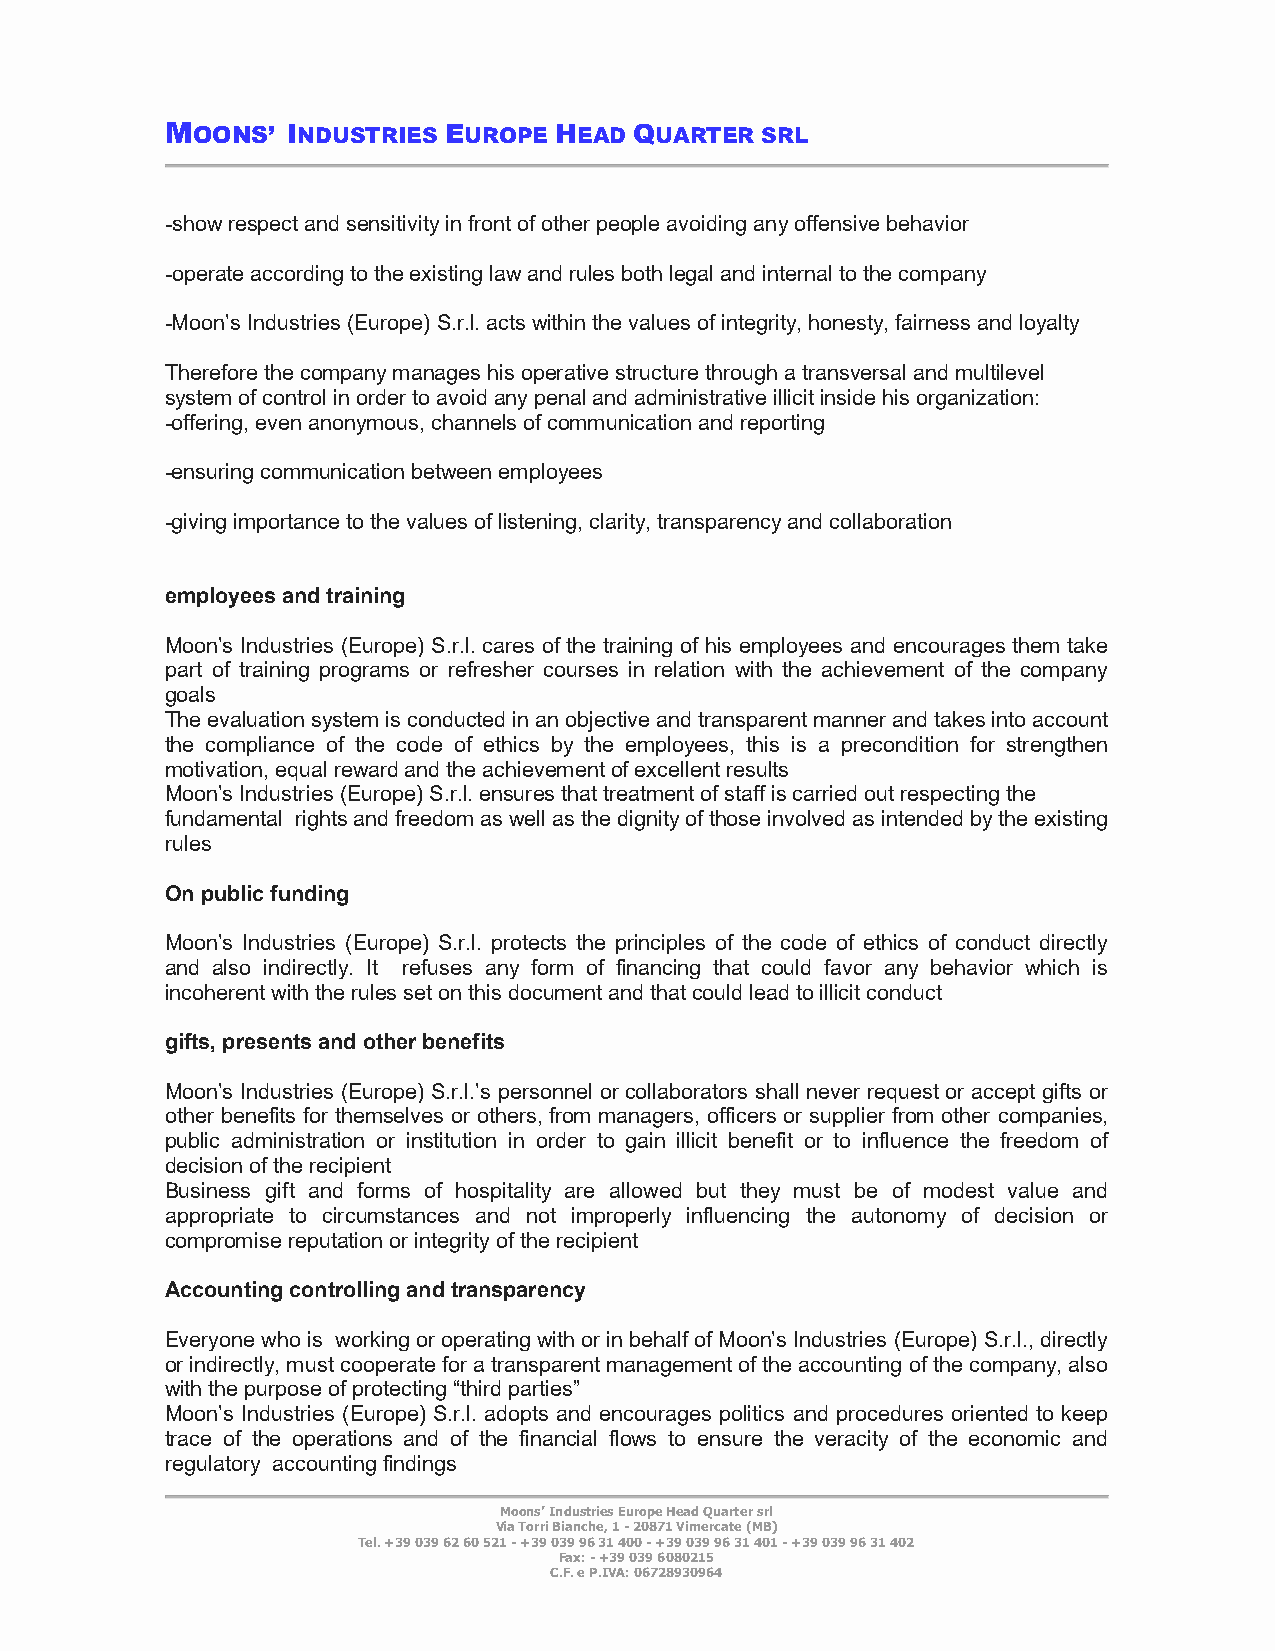
MOONS’  INDUSTRIES EUROPE HEAD QUARTER SRL
 -show respect and sensitivity in front of other people avoiding any offensive behavior
 -operate according to the existing law and rules both legal and internal to the company
 -Moon’s Industries (Europe) S.r.l. acts within the values of integrity, honesty, fairness and loyalty
 Therefore the company manages his operative structure through a transversal and multilevel
 system of control in order to avoid any penal and administrative illicit inside his organization:
 -offering, even anonymous, channels of communication and reporting
 -ensuring communication between employees
 -giving importance to the values of listening, clarity, transparency and collaboration
 employees and training
 Moon’s Industries (Europe) S.r.l. cares of the training of his employees and encourages them take
 part of training programs or refresher courses in relation with the achievement of the company
 goals
 The evaluation system is conducted in an objective and transparent manner and takes into account
 the compliance of the code of ethics by the employees, this is a precondition for strengthen
 motivation, equal reward and the achievement of excellent results
 Moon’s Industries (Europe) S.r.l. ensures that treatment of staff is carried out respecting the
 fundamental rights and freedom as well as the dignity of those involved as intended by the existing
 rules
 On public funding
 Moon’s Industries (Europe) S.r.l. protects the principles of the code of ethics of conduct directly
 and also indirectly. It refuses any form of financing that could favor any behavior which is
 incoherent with the rules set on this document and that could lead to illicit conduct
 gifts, presents and other benefits
 Moon’s Industries (Europe) S.r.l.’s personnel or collaborators shall never request or accept gifts or
 other benefits for themselves or others, from managers, officers or supplier from other companies,
 public administration or institution in order to gain illicit benefit or to influence the freedom of
 decision of the recipient
 Business gift and forms of hospitality are allowed but they must be of modest value and
 appropriate to circumstances and not improperly influencing the autonomy of decision or
 compromise reputation or integrity of the recipient
 Accounting controlling and transparency
 Everyone who is working or operating with or in behalf of Moon’s Industries (Europe) S.r.l., directly
 or indirectly, must cooperate for a transparent management of the accounting of the company, also
 with the purpose of protecting “third parties”
 Moon’s Industries (Europe) S.r.l. adopts and encourages politics and procedures oriented to keep
 trace of the operations and of the financial flows to ensure the veracity of the economic and
 regulatory accounting findings
 Moons’ Industries Europe Head Quarter srl
 Via Torri Bianche, 1 - 20871 Vimercate (MB)
 Tel. +39 039 62 60 521 - +39 039 96 31 400 - +39 039 96 31 401 - +39 039 96 31 402
 Fax: - +39 039 6080215
 C.F. e P.IVA: 06728930964